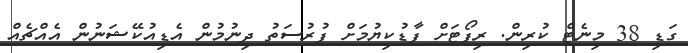
ގަޑި 38 މިނެޓް ކުރިން. ރިޕޯޓަށް ފާޑުކިޔުމަށް ފުރުސަތު ދިނުމުން އެޑިއުކޭޝަނުން އެއްޗެއް